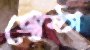
জ্যেষ্ঠা